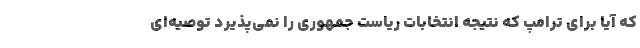
که آیا برای ترامپ که نتیجه انتخابات ریاست جمهوری را نمی‌پذیرد توصیه‌ای